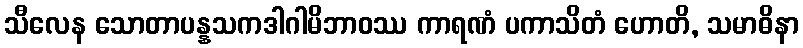
သီလေန သောတာပန္နသကဒါဂါမိဘာဝဿ ကာရဏံ ပကာသိတံ ဟောတိ, သမာဓိနာ